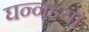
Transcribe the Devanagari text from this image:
घन्नइया